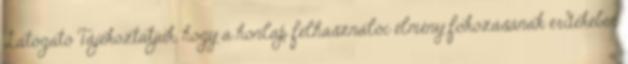
Látogató Tájékoztatjuk, hogy a honlap felhasználói élmény fokozásának érdekében